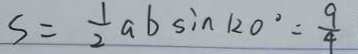
s = \frac { 1 } { 2 } a b \sin 1 2 0 ^ { \circ } = \frac { 9 } { 4 }